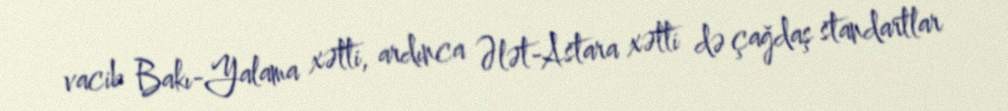
vacib Bakı-Yalama xətti, ardınca Ələt-Astara xətti də çağdaş standartlar